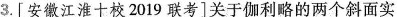
3.[安徽江淮十校2019联考]关于伽利略的两个斜面实